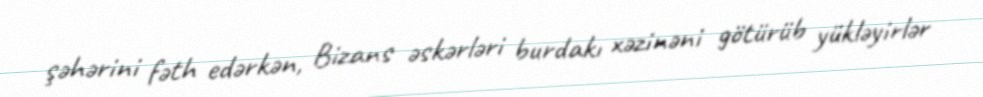
şəhərini fəth edərkən, Bizans əskərləri burdakı xəzinəni götürüb yükləyirlər